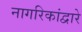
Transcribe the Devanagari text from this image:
नागरिकांद्वारे